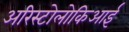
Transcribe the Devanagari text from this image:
अरिस्टोलोकिआई